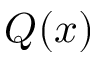
Q ( x )